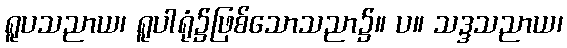
ရူပသညာယ၊ ရူပါရုံ၌ဖြစ်သောသညာ၌။ ပ။ သဒ္ဒသညာယ၊